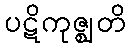
ပဋိကုဇ္ဈတိ